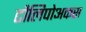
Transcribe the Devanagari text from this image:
टौलिपोअकस